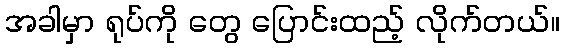
အခါမှာ ရုပ်ကို တွေ ပြောင်းထည့် လိုက်တယ်။